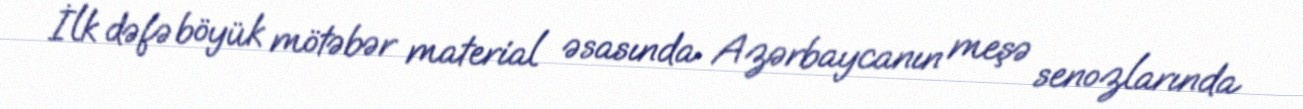
İlk dəfə böyük mötəbər material əsasında Azərbaycanın meşə senozlarında